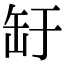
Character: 䍂